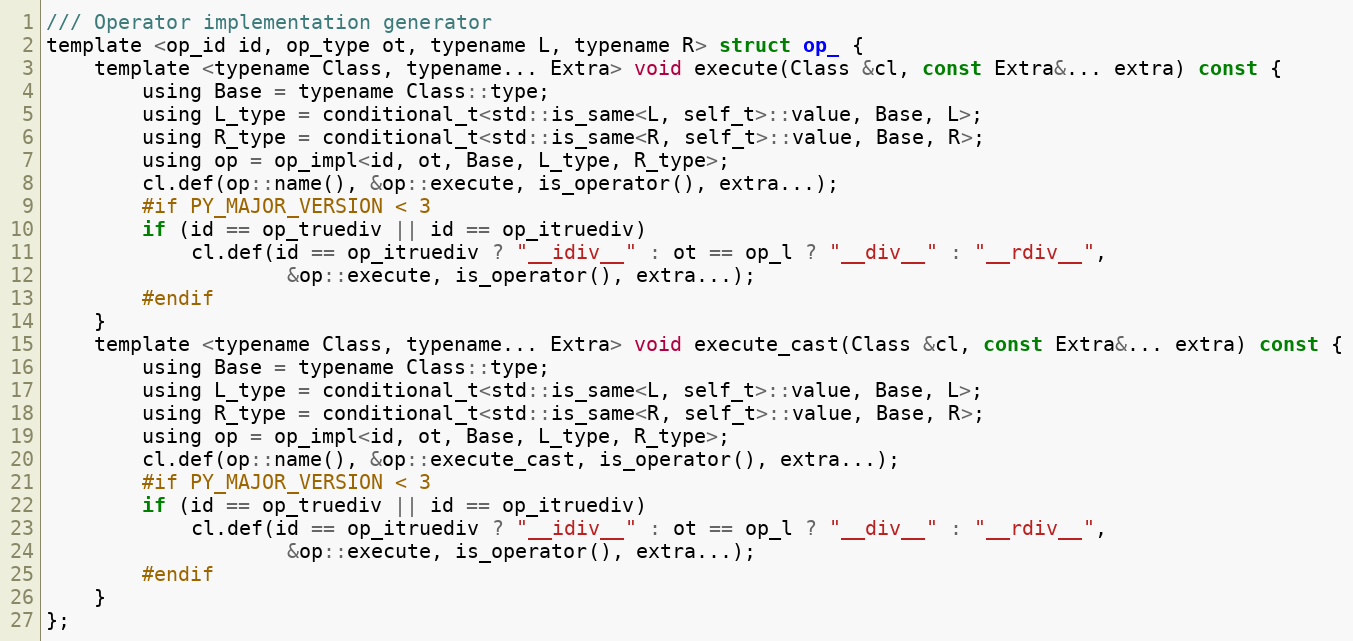
Language: C
/// Operator implementation generator
template <op_id id, op_type ot, typename L, typename R> struct op_ {
    template <typename Class, typename... Extra> void execute(Class &cl, const Extra&... extra) const {
        using Base = typename Class::type;
        using L_type = conditional_t<std::is_same<L, self_t>::value, Base, L>;
        using R_type = conditional_t<std::is_same<R, self_t>::value, Base, R>;
        using op = op_impl<id, ot, Base, L_type, R_type>;
        cl.def(op::name(), &op::execute, is_operator(), extra...);
        #if PY_MAJOR_VERSION < 3
        if (id == op_truediv || id == op_itruediv)
            cl.def(id == op_itruediv ? "__idiv__" : ot == op_l ? "__div__" : "__rdiv__",
                    &op::execute, is_operator(), extra...);
        #endif
    }
    template <typename Class, typename... Extra> void execute_cast(Class &cl, const Extra&... extra) const {
        using Base = typename Class::type;
        using L_type = conditional_t<std::is_same<L, self_t>::value, Base, L>;
        using R_type = conditional_t<std::is_same<R, self_t>::value, Base, R>;
        using op = op_impl<id, ot, Base, L_type, R_type>;
        cl.def(op::name(), &op::execute_cast, is_operator(), extra...);
        #if PY_MAJOR_VERSION < 3
        if (id == op_truediv || id == op_itruediv)
            cl.def(id == op_itruediv ? "__idiv__" : ot == op_l ? "__div__" : "__rdiv__",
                    &op::execute, is_operator(), extra...);
        #endif
    }
};